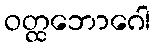
ဝတ္ထဘောဂေါ